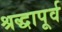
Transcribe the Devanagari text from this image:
श्रद्धापूर्व